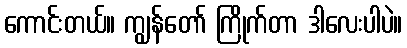
ကောင်းတယ်။ ကျွန်တော် ကြိုက်တာ ဒါလေးပါပဲ။